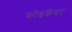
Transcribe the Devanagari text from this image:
कोंडकेंवर